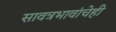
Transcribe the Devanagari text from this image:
सावत्रभावांचेही